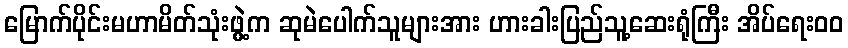
မြောက်ပိုင်းမဟာမိတ်သုံးဖွဲ့က ဆုမဲပေါက်သူများအား ဟားခါးပြည်သူ့ဆေးရုံကြီး အိပ်ရေးဝဝ